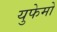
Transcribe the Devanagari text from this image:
युफेमो